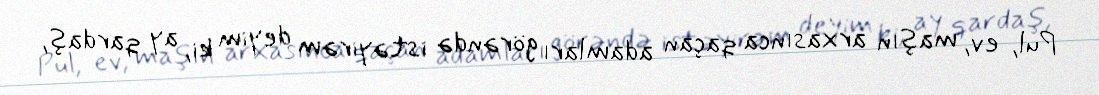
Pul, ev, maşın arxasınca qaçan adamları görəndə istəyirəm deyim ki, ay qardaş,